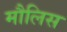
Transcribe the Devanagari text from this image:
मौलिस